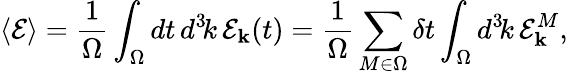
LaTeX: \langle{\cal E}\rangle={\frac{1}{\Omega}}\int_{\Omega}dt\, d^{3}\! k\, {\cal E}_{\mathbf k}(t)={\frac{1}{\Omega}}\sum_{M\in\Omega}\delta t\int_{\Omega}d^{3}\! k\, {\cal E}_{\mathbf k}^{M},